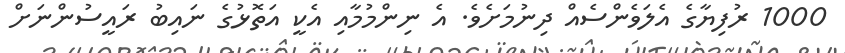
1000 ރުފިޔާގެ އެލަވެންސެއް ދިނުމަށެވެ. އެ ނިންމުމާއި އެކީ އަތޮޅުގެ ނައިބު ރައީސުންނަށް